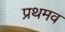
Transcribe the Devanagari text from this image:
प्रथमव